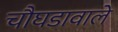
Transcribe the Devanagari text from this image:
चौघडावाले